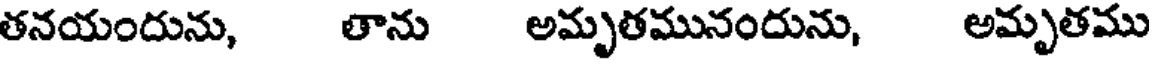
తనయందును, తాను అమృతమునందును, అమృతము